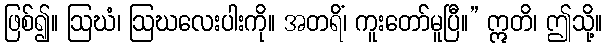
ဖြစ်၍။ ဩဃံ၊ ဩဃလေးပါးကို။ အတရိံ၊ ကူးတော်မူပြီ။” ဣတိ၊ ဤသို့။